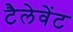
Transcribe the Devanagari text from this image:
टैलेवेंट